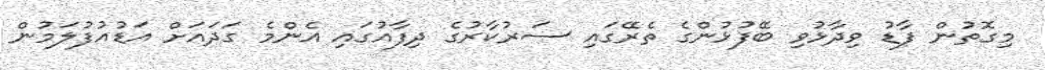
މިގޮތުން ފާޑު ވިދާޅުވި ބޭފުޅުންގެ ތެރޭގައި ސަރުކާރުގެ ދިފާއުގައި އެންމެ ގަދައަށް އަޑުއުފުލަމުން